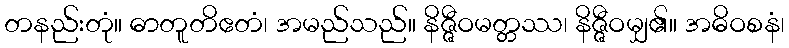
တနည်းတုံ။ ဓာတူတိဧတံ၊ အမည်သည်။ နိဇ္ဇီဝမတ္တဿ၊ နိဇ္ဇီဝမျှ၏။ အဓိဝစနံ၊